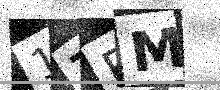
Text: 17BM